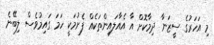
މި އަހަރުގެ ސީޒަނާ ދިމާކޮށް އާ އެއާލައިންތަކެއް ފެށުމަކީ ހަމަ ގައިމުވެސް ލިބޭނެ